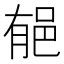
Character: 𨚺